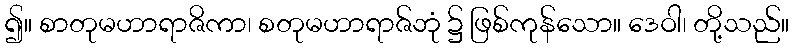
၍။ စာတုမဟာရာဇိကာ၊ စတုမဟာရာဇ်ဘုံ ၌ ဖြစ်ကုန်သော။ ဒေဝါ၊ တို့သည်။